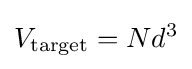
V_{\mathrm {target} }=Nd^{3}